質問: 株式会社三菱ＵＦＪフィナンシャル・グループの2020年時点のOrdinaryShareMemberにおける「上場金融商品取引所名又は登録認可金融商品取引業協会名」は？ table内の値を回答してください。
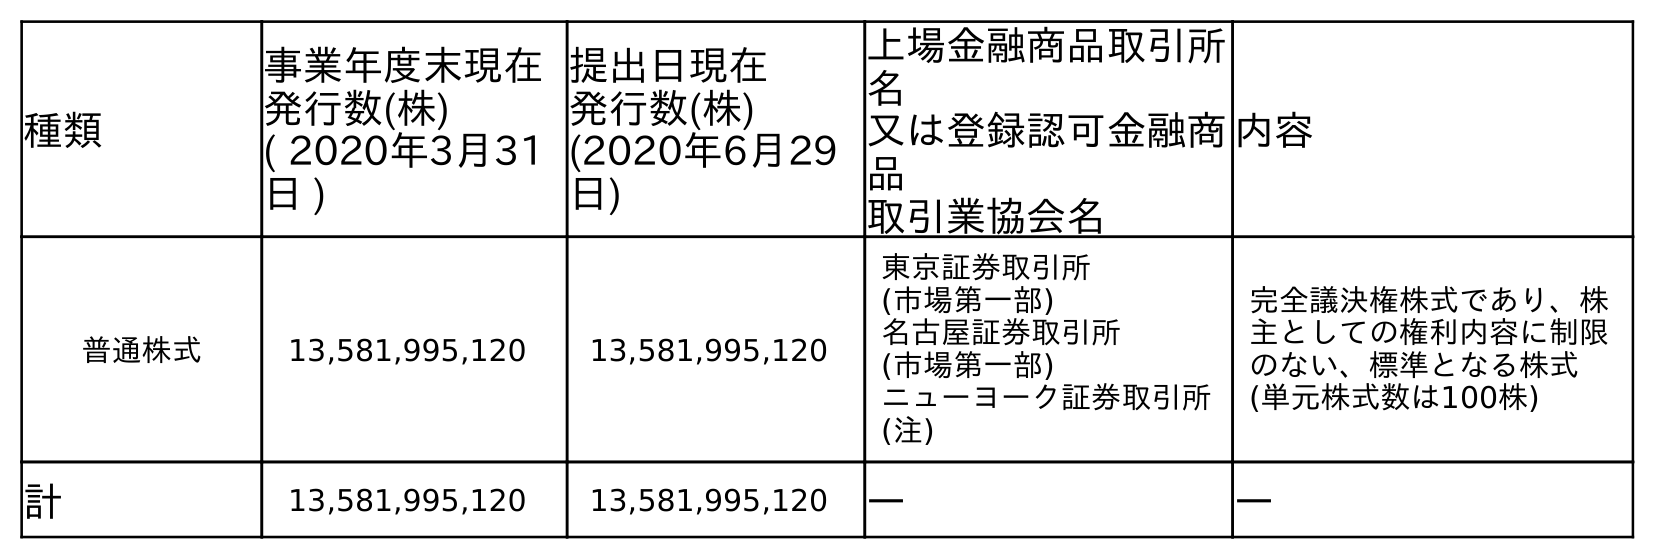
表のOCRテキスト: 種類 事業年度末現在 発行数(株) ( 2020年3月31 日 ) 提出日現在 発行数(株) (2020年6月29 日) 上場金融商品取引所 名 又は登録認可金融商 品 取引業協会名 内容 普通株式 13,581,995,120 13,581,995,120 東京証券取引所 (市場第一部) 名古屋証券取引所 (市場第一部) ニューヨーク証券取引所 (注) 完全議決権株式であり、株 主としての権利内容に制限 のない、標準となる株式 (単元株式数は100株) 計 13,581,995,120 13,581,995,120 ― ―
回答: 東京証券取引所(市場第一部)名古屋証券取引所(市場第一部)ニューヨーク証券取引所(注)